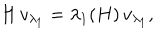
LaTeX: H \, v _ { \lambda _ { 1 } } = \lambda _ { 1 } ( H ) \, v _ { \lambda _ { 1 } } ,